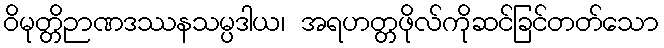
ဝိမုတ္တိဉာဏဒဿနသမ္ပဒါယ၊ အရဟတ္တဖိုလ်ကိုဆင်ခြင်တတ်သော